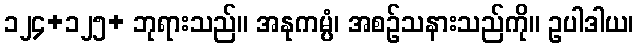
၁၂၄+၁၂၅+ ဘုရားသည်။ အနုကမ္ပံ၊ အစဉ်သနားသည်ကို။ ဥပါဒါယ၊